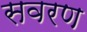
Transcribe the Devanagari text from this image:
सवरण